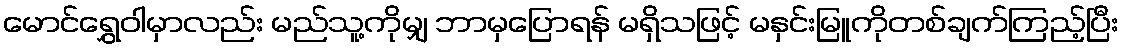
မောင်ရွှေဝါမှာလည်း မည်သူ့ကိုမျှ ဘာမှပြောရန် မရှိသဖြင့် မနှင်းမြူကိုတစ်ချက်ကြည့်ပြီး